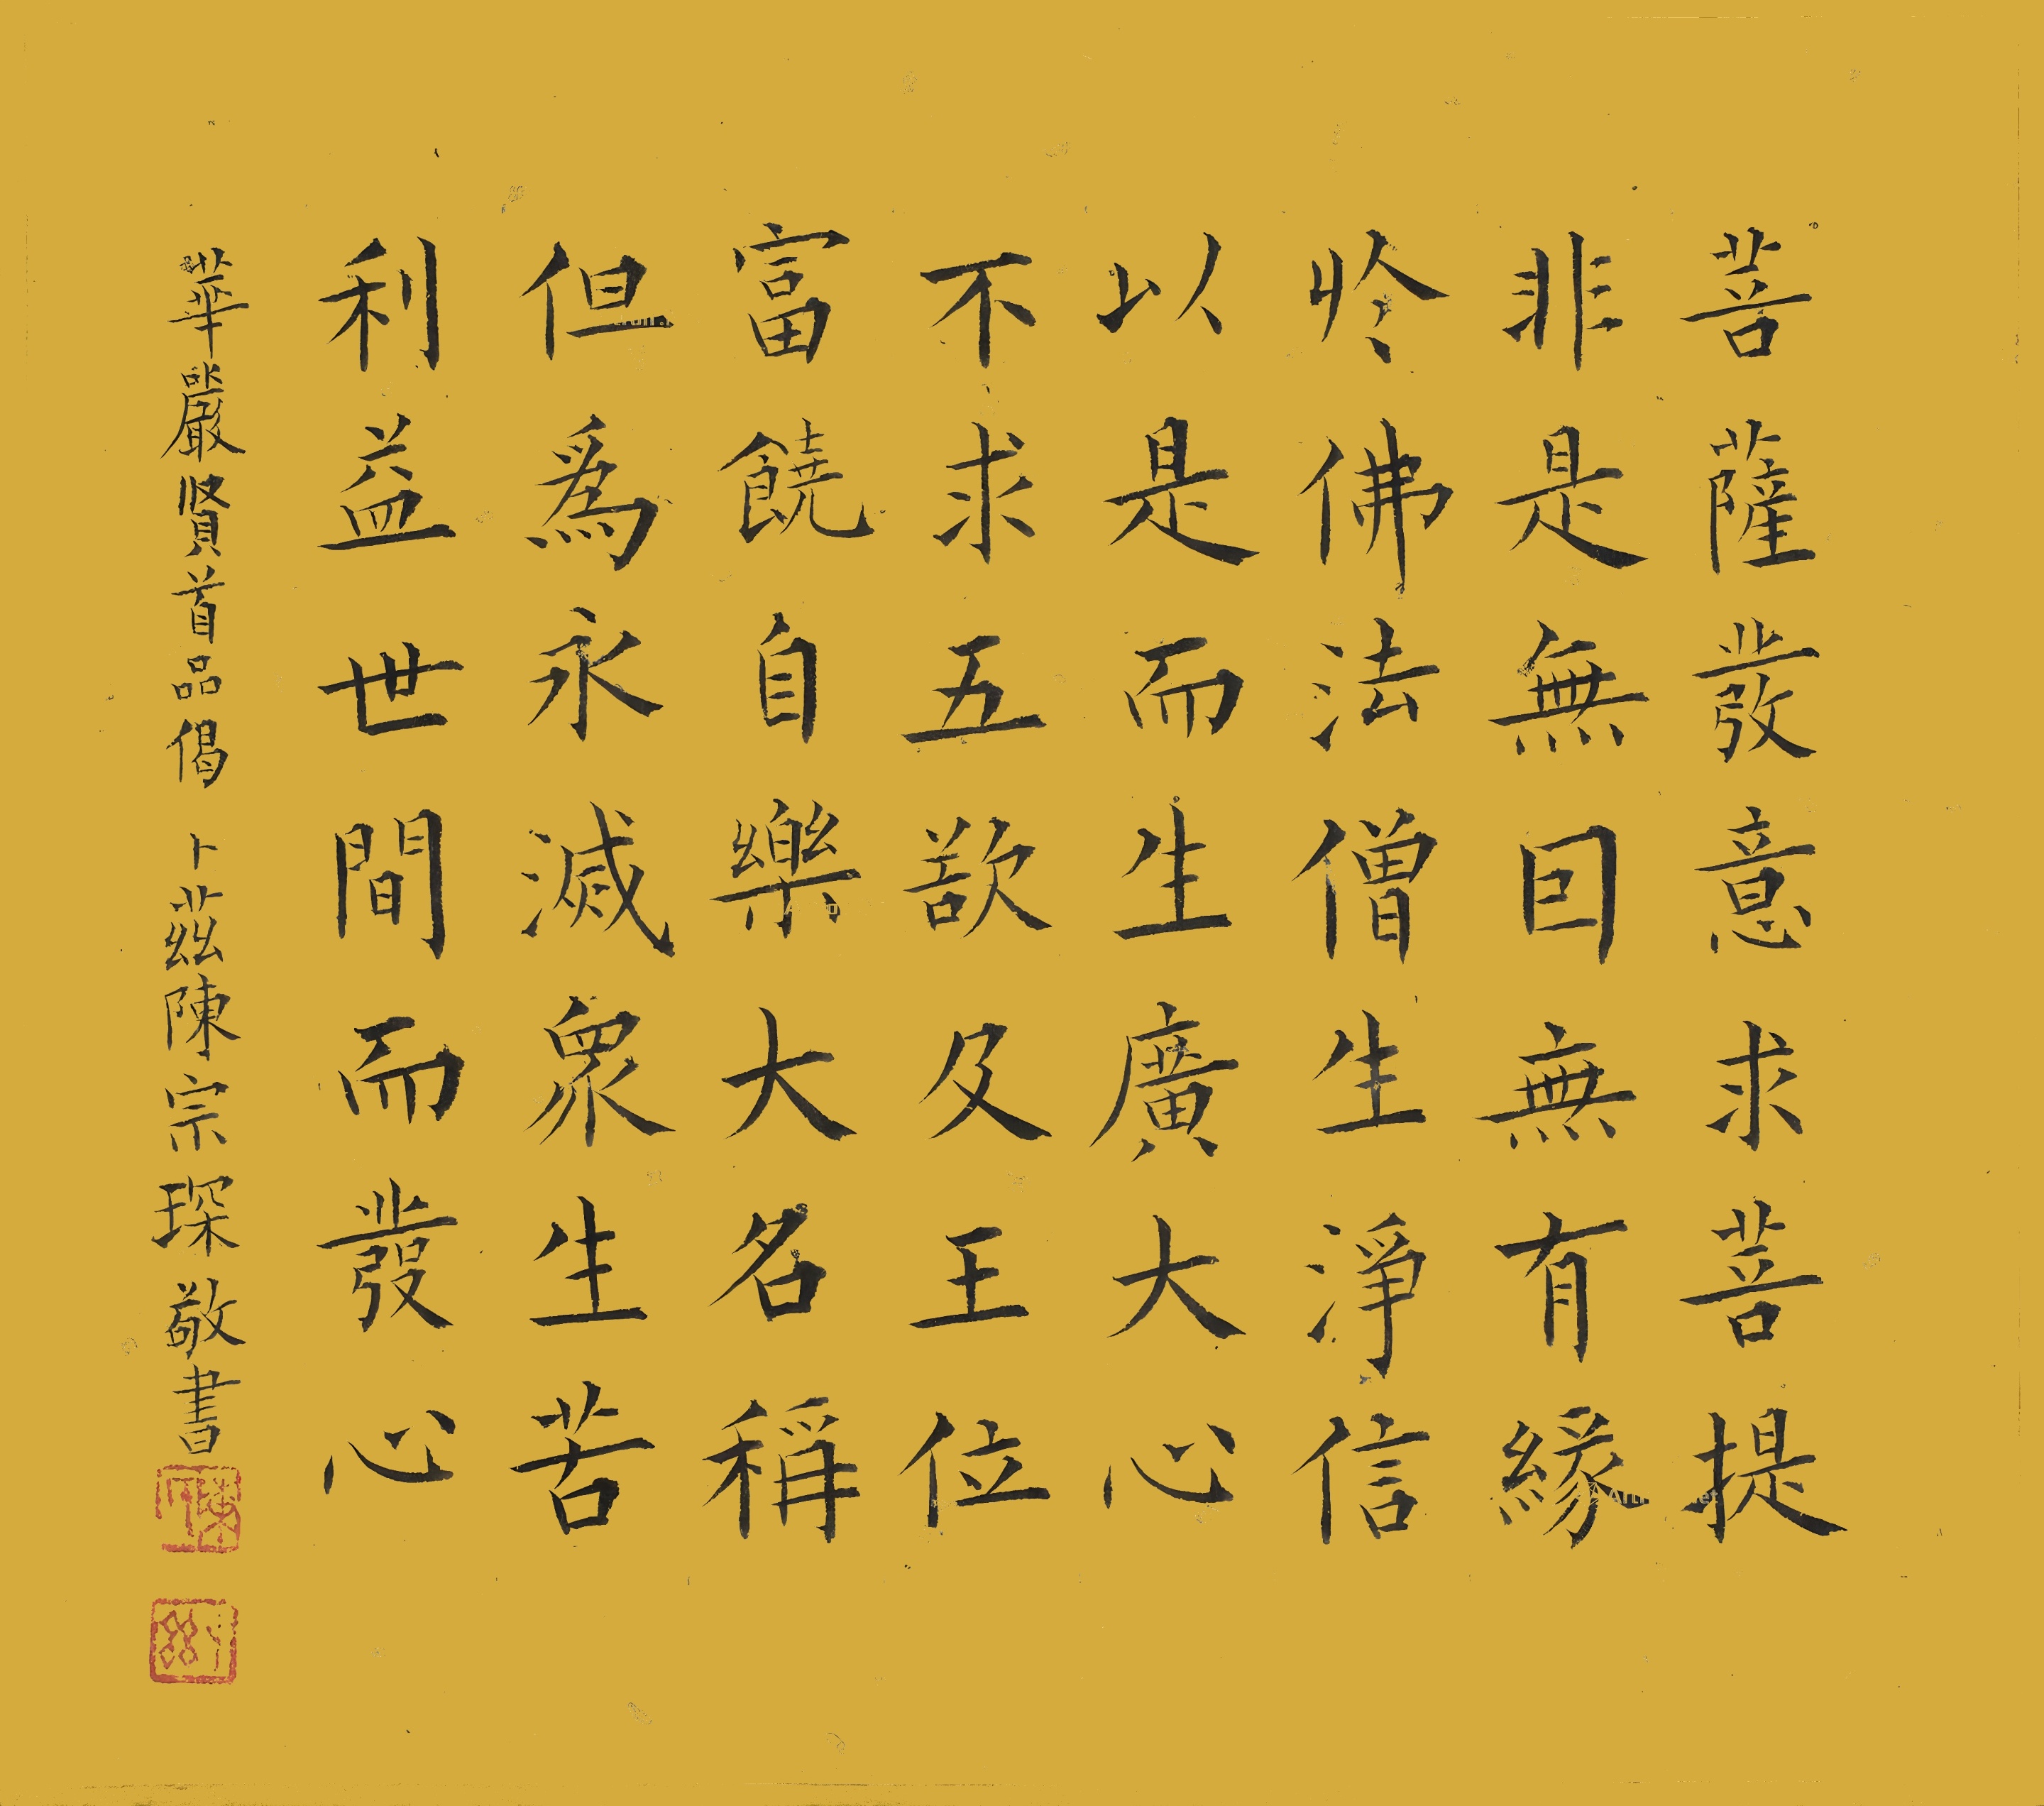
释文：菩萨发意求菩提，非是无因无有缘。于佛法僧生净信，以是而生广大心。不求五欲及王位，富饶自乐大名称。但为永灭众生苦，利益世间而发心。华严贤首品偈，卜兹陈宗琛敬书。